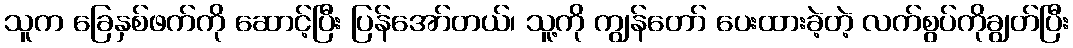
သူက ခြေနှစ်ဖက်ကို ဆောင့်ပြီး ပြန်အော်တယ်၊ သူ့ကို ကျွန်တော် ပေးထားခဲ့တဲ့ လက်စွပ်ကိုချွတ်ပြီး